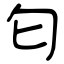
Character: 匂